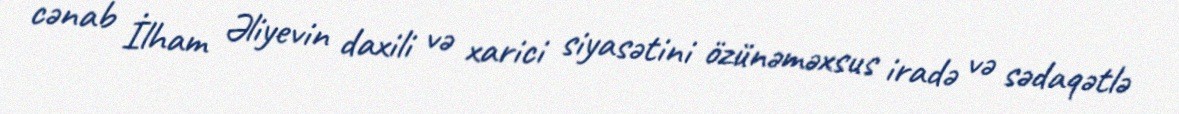
cənab İlham Əliyevin daxili və xarici siyasətini özünəməxsus iradə və sədaqətlə